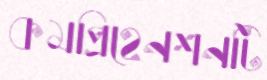
কমপ্রিহেনশনটি